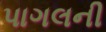
પાગલની